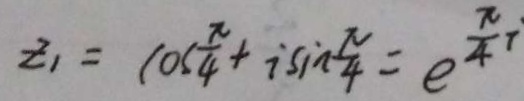
z _ { 1 } = \cos \frac { \pi } { 4 } + i \sin \frac { \pi } { 4 } = e ^ { \frac { \pi } { 4 } i }